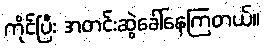
ကိုင်ပြီး အတင်းဆွဲခေါ်နေကြတယ်။